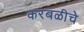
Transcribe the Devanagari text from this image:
करबळीचे